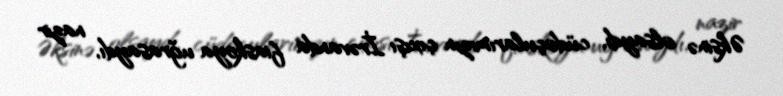
Əksinə olsaydı, cüdoçularımızın çıxışı İrəvanda fiaskoya uğrasaydı, nazir